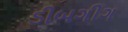
ડીબગીગ